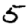
Digit: 5